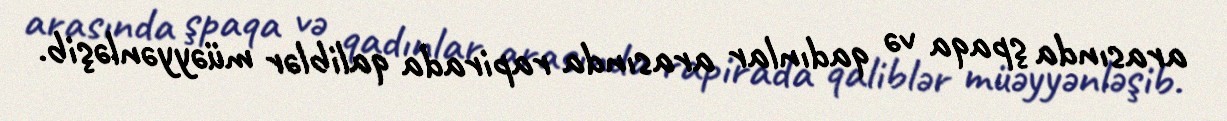
arasında şpaqa və qadınlar arasında rapirada qaliblər müəyyənləşib.